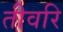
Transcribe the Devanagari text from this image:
तीवरि